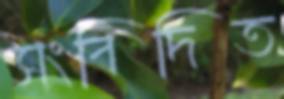
সংবিদিত